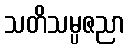
သတိသမ္ပဇညာ